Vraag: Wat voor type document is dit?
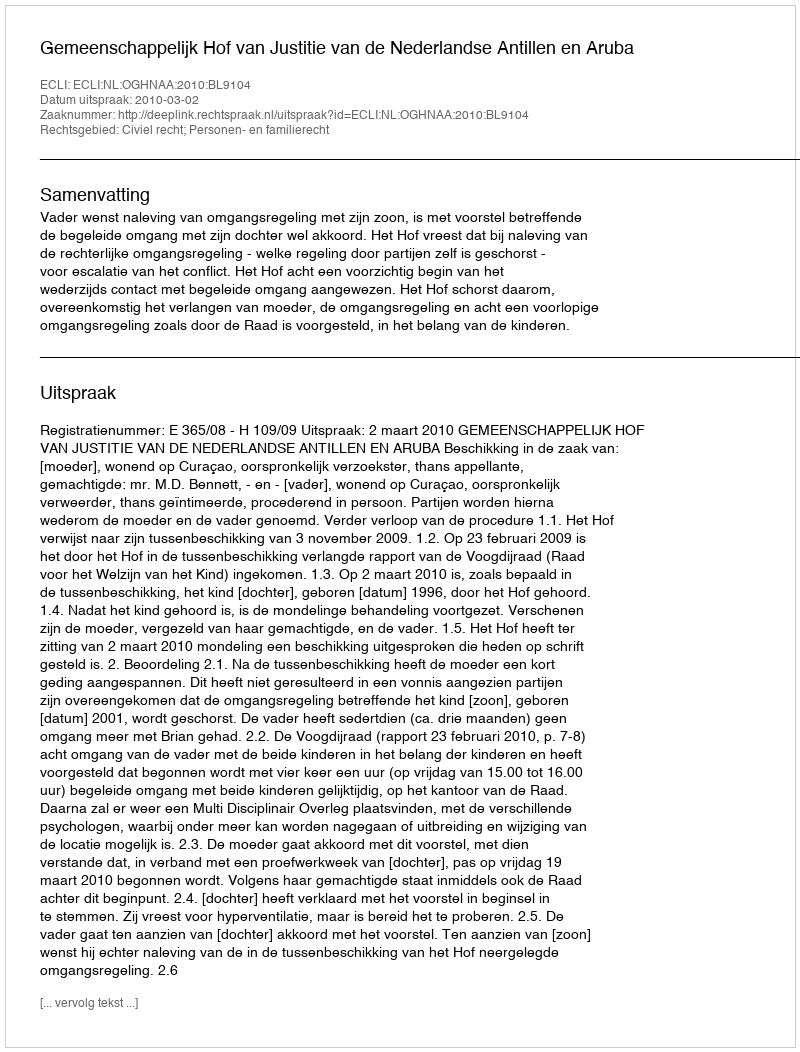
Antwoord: Uitspraak